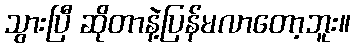
သွားပြီ ဆိုတာနဲ့ပြန်မလာတော့ဘူး။